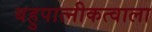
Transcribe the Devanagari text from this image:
बहुपात्नीकत्वाला